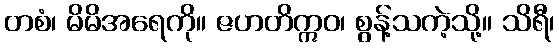
တစံ၊ မိမိအရေကို။ ဇဟတိဣဝ၊ စွန့်သကဲ့သို့။ သိရီ၊